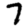
Digit: 7